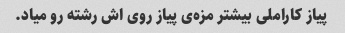
پیاز کاراملی بیشتر مزه‌ی پیاز روی اش رشته رو میاد.